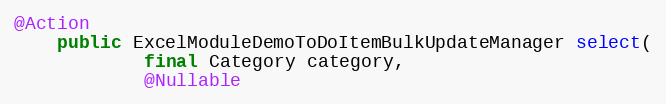
Language: Java
@Action
    public ExcelModuleDemoToDoItemBulkUpdateManager select(
            final Category category,
            @Nullable